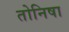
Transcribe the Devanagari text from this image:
तोनिषा